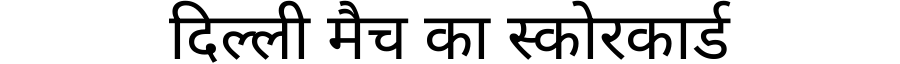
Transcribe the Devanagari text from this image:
दिल्ली मैच का स्कोरकार्ड